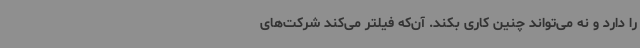
را دارد و نه می‌تواند چنین کاری بکند. آن‌که فیلتر می‌کند شرکت‌های